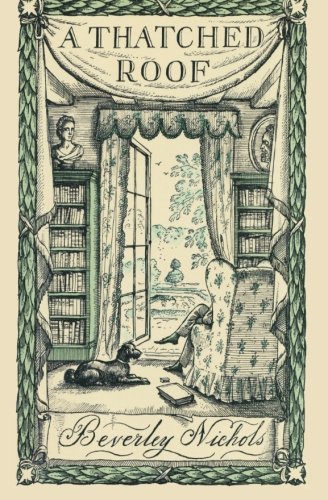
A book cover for A Thatched Roof; Beverley Nichols; Crafts, Hobbies & Home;